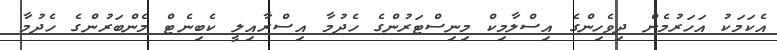
އެކަމަކު އަހަރުމެން ދިވެހިންގެ އިސްލާމިކް މިނިސްޓަރުންގެ ހެދުމާ އިސްރާއިލީ ކެބިނެޓް މެންބަރުންގެ ހެދުމާ